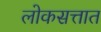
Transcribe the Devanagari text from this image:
लोकसत्तात